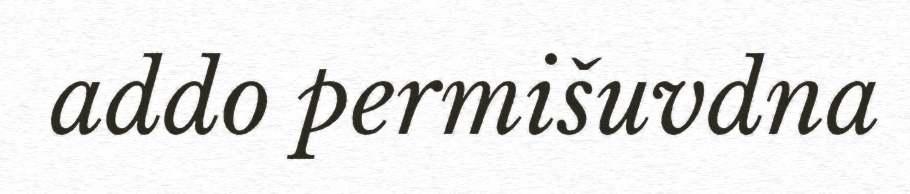
addo permišuvdna